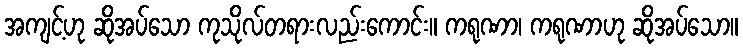
အကျင့်ဟု ဆိုအပ်သော ကုသိုလ်တရားလည်းကောင်း။ ကရုဏာ၊ ကရုဏာဟု ဆိုအပ်သော။